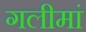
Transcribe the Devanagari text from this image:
गलीमां